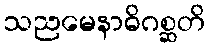
သညမေနာဓိဂစ္ဆတိ